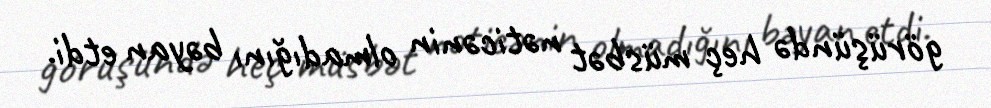
görüşündə heç müsbət nəticənin olmadığını bəyan etdi.